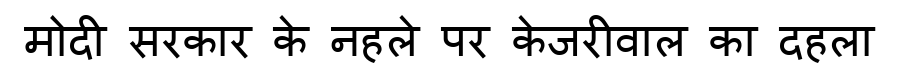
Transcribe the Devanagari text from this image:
मोदी सरकार के नहले पर केजरीवाल का दहला